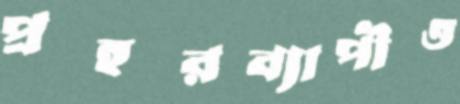
প্রহরব্যাপীও